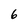
Character: 6